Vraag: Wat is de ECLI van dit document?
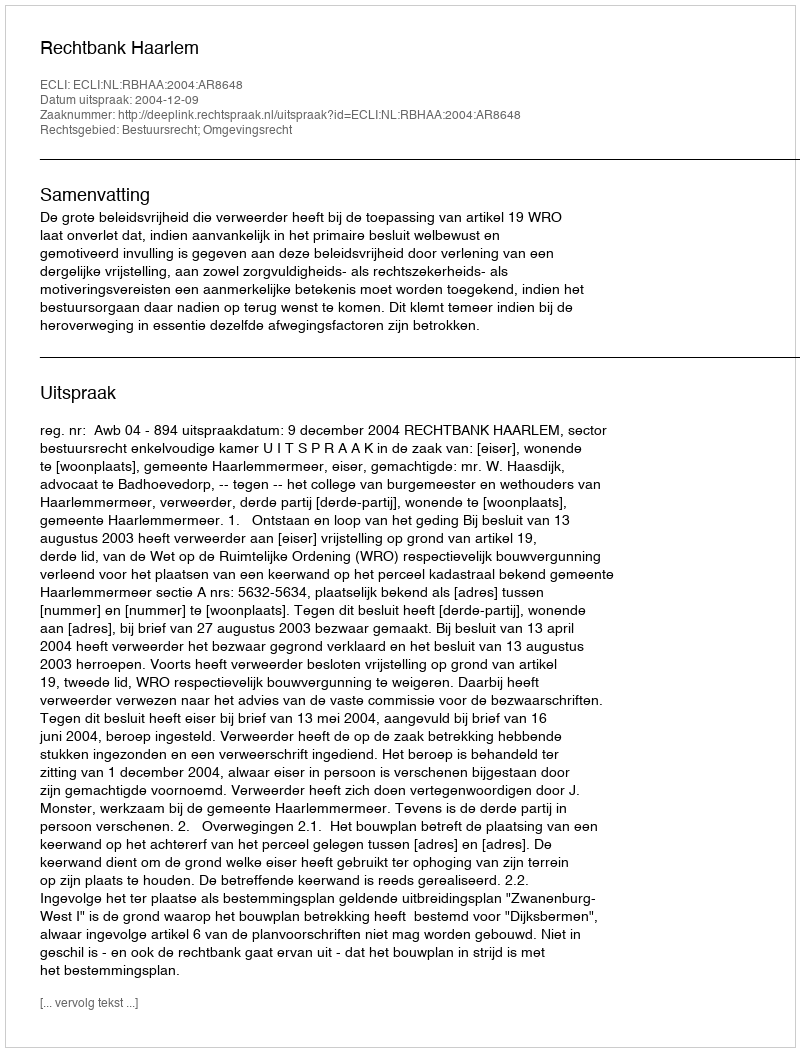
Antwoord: ECLI:NL:RBHAA:2004:AR8648